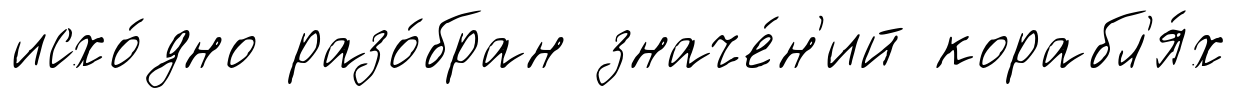
исхо́дно разо́бран значе́н'ий корабл'я́х